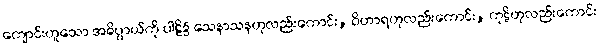
ကျောင်းဟူသော အဓိပ္ပာယ်ကို ပါဠိ၌ သေနာသနဟုလည်းကောင်း, ဝိဟာရဟုလည်းကောင်း, ကုဋိဟုလည်းကောင်း